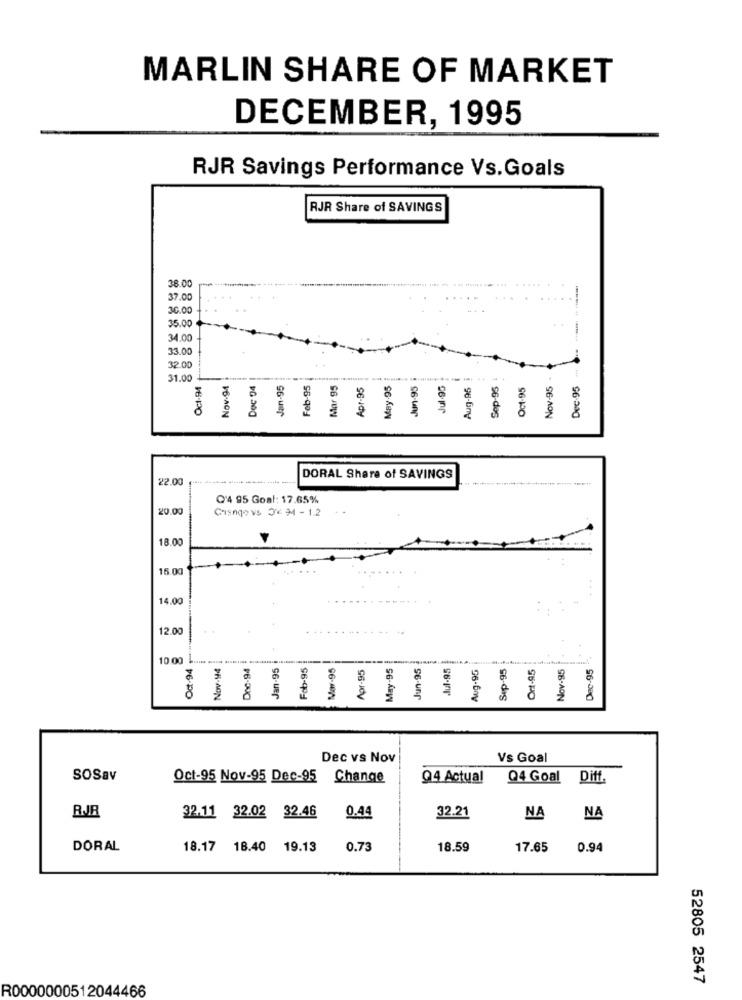
MARLIN SHARE OF MARKET
DECEMBER, 1995
RJR Savings Performance Vs.Goals
RJR Share of SAVINGS
38.00
37.00
30.00
35.00
8
34.00
33.00
32.00
31.00
Oct-94
Nov-94
Dec 04
Jan-95
Feb-95
Mar 95
Apr-95
May-95
Jun-95
Jul.95
---
Aug-95
Sep-95
Oct-95
Nov-95
Dec.95
22.00
DORAL Share of SAVINGS
Q'4 95 Goal: 17.65%
20.00
Cvs O℃ 9 - 1.2
18.00
15 00
14.00
12.00
10 00
Oct-94
Nov-94
Doc-94
Jan-95
Fab-95
Mar-95
Apr-95
May-95
Jun-95
Jul-95
Aug.95
Sep-95
Ort-95
Nov-95
Dec-95
Dec vs Nov
Vs Goal
SOSav
Oct-95 Nov-95 Dec-95
Change
Q4 Actual
Q4 Goal
Diff.
RJR
32.11 32.02 32.46
0.44
32.21
NA
NA
DORAL
18.17
18.40 19.13
0.73
18.59
17.65
0.94
52805 2547
R0000000512044466